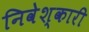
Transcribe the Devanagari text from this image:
निवेश्कारी